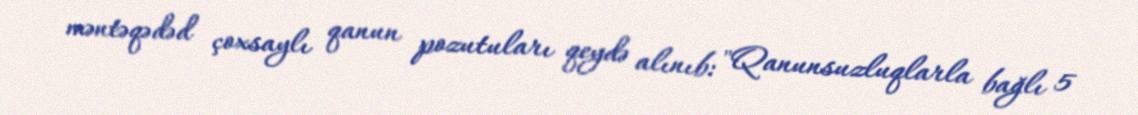
məntəqədəd çoxsaylı qanun pozutuları qeydə alınıb: "Qanunsuzluqlarla bağlı 5